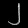
Digit: ၂